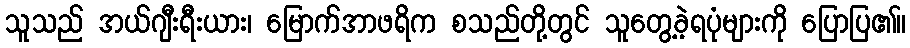
သူသည် အယ်ဂျီးရီးယား၊ မြောက်အာဖရိက စသည်တို့တွင် သူတွေ့ခဲ့ရပုံများကို ပြောပြ၏။